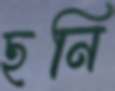
ছনি